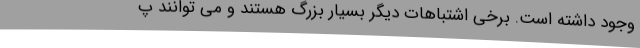
وجود داشته است. برخی اشتباهات دیگر بسیار بزرگ هستند و می توانند پ